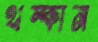
থম্‌কান